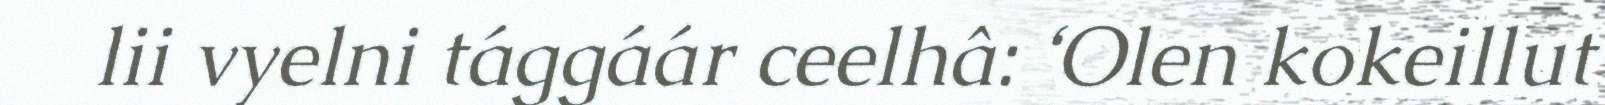
lii vyelni tággáár ceelhâ: ‘Olen kokeillut